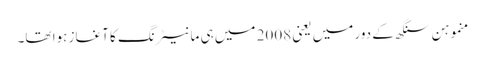
منموہن سنگھ کے دور میں یعنی 2008 میں ہی مانیٹرنگ کا آغاز ہوا تھا۔